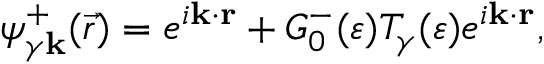
\psi _ { \gamma \bf { k } } ^ { + } ( \vec { r } ) = e ^ { i \bf { k } \cdot \bf { r } } + G _ { 0 } ^ { - } ( \varepsilon ) T _ { \gamma } ( \varepsilon ) e ^ { i \bf { k } \cdot \bf { r } } ,